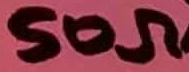
Text: 50Ω